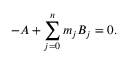
- A + \sum _ { j = 0 } ^ { n } m _ { j } B _ { j } = 0 .